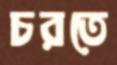
চরতে